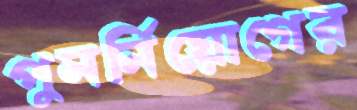
পুনর্নিয়োগের